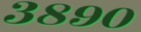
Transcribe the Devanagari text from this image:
३८९०